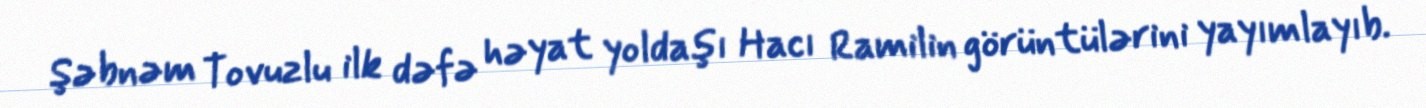
Şəbnəm Tovuzlu ilk dəfə həyat yoldaşı Hacı Ramilin görüntülərini yayımlayıb.